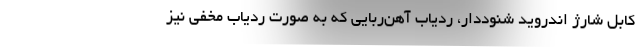
کابل شارژ اندروید شنوددار، ردیاب آهن‌ربایی که به صورت ردیاب مخفی نیز